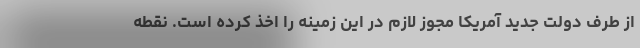
از طرف دولت جدید آمریکا مجوز لازم در این زمینه را اخذ کرده است. نقطه